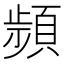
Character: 𩓯